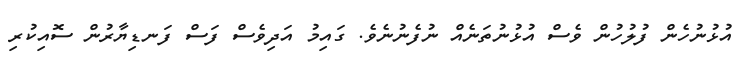
އުޅުނުހެން ފުލުހުން ވެސް އުޅުނުތަނެއް ނުފެނުނެވެ. ގައިމު އަދިވެސް ފަސް ފަނޑިޔާރުން ސޮއިކުރި